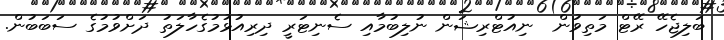
ބަލިޖެހޭ ރޭޓް މަތިވުން  ނިއުޓްރިޝަން ނުލިބުމާއި ސެނިޓަރީ ދިރިއުޅުމުގެހާލަތު ދަށްވުމުގެ ސަބަބުން.